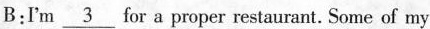
B:I'm\underline{3} for a proper restaurant. Some of my